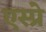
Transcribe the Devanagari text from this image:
एस्प्रे